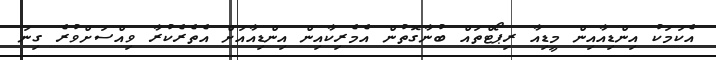
އެކަމަކު އިންޑިއާއިން މީޑިއާ ރިޕޯޓްތައް ބުނާގޮތުން އެމެރިކާއިން އިންޑިއާއަށް އެތެރެކުރާ ވިއްސަށްވުރެ ގިނަ